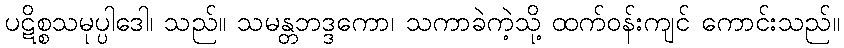
ပဋိစ္စသမုပ္ပါဒေါ၊ သည်။ သမန္တဘဒ္ဒကော၊ သကာခဲကဲ့သို့ ထက်ဝန်းကျင် ကောင်းသည်။